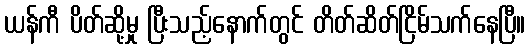
ယန်ကီ ပိတ်ဆို့မှု ပြီးသည့်နောက်တွင် တိတ်ဆိတ်ငြိမ်သက်နေပြီ။